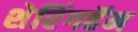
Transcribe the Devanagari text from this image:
शेरिंगहॅम